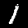
Label: 1